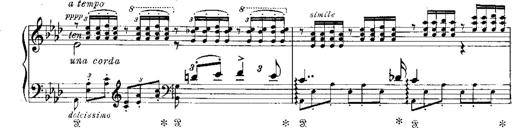
Title: Miserere du Trovatore
Composer: Franz Liszt